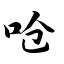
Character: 呛